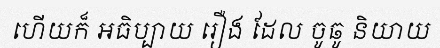
ហើយក៏ អធិប្បាយ រឿង ដែល ចូឆូ និយាយ